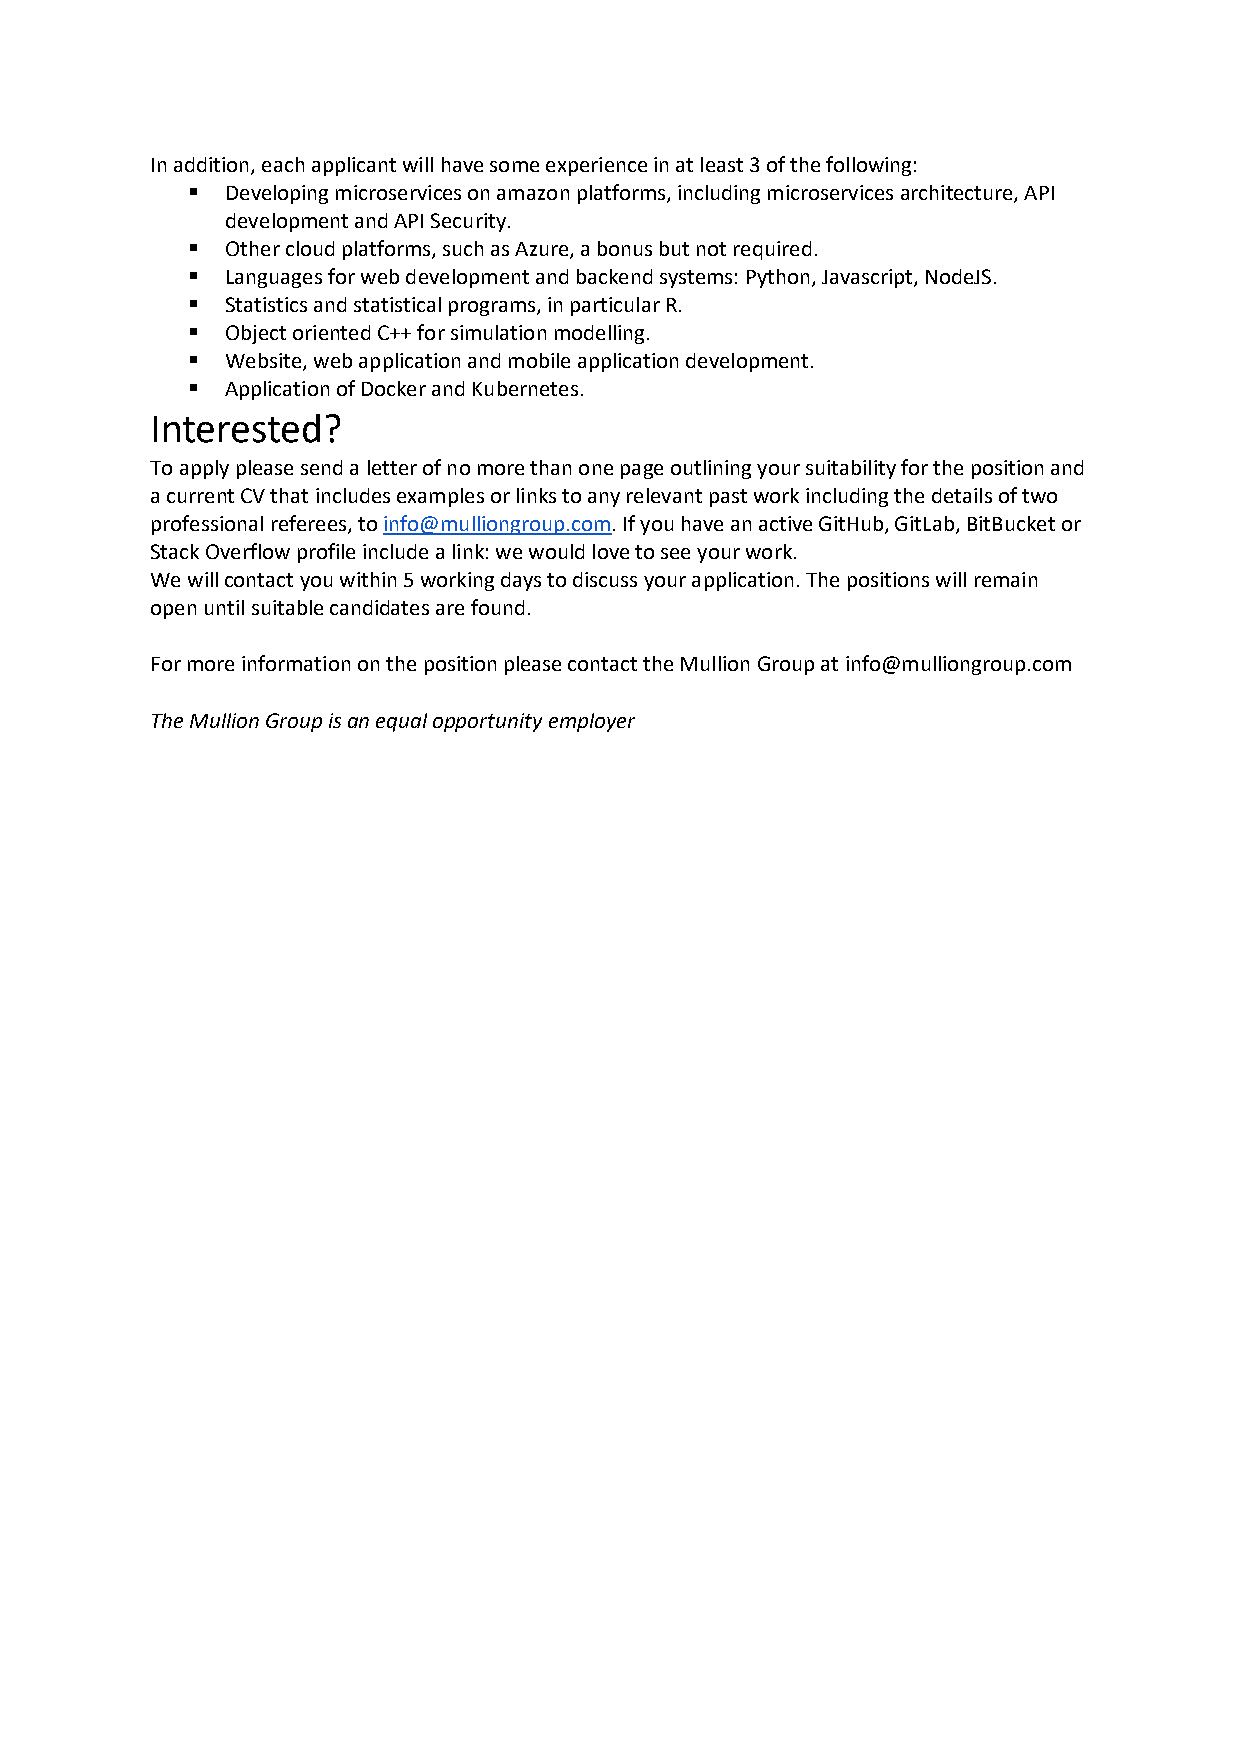
In addition, each applicant will have some experience in at least 3 of the following:
 ▪  Developing microservices on amazon platforms, including microservices architecture, API
 development and API Security.
 ▪  Other cloud platforms, such as Azure, a bonus but not required.
 ▪  Languages for web development and backend systems: Python, Javascript, NodeJS.
 ▪  Statistics and statistical programs, in particular R.
 ▪  Object oriented C++ for simulation modelling.
 ▪  Website, web application and mobile application development.
 ▪  Application of Docker and Kubernetes.
 Interested?
 To apply please send a letter of no more than one page outlining your suitability for the position and
 a current CV that includes examples or links to any relevant past work including the details of two
 professional referees, to info@mulliongroup.com. If you have an active GitHub, GitLab, BitBucket or
 Stack Overflow profile include a link: we would love to see your work.
 We will contact you within 5 working days to discuss your application. The positions will remain
 open until suitable candidates are found.
 For more information on the position please contact the Mullion Group at info@mulliongroup.com
 The Mullion Group is an equal opportunity employer